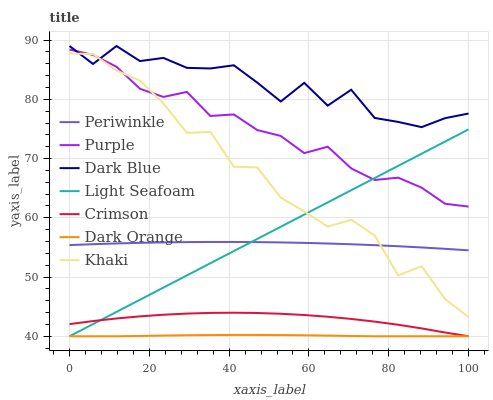
| xaxis_label | Periwinkle | Purple | Dark Blue | Light Seafoam | Crimson | Dark Orange | Khaki |
 | --- | --- | --- | --- | --- | --- | --- | --- |
 | 0 | 55.4 | 88.4 | 89 | 40 | 42 | 40 | 87.7 |
 | 5.88 | 55.5 | 87.5 | 86 | 42.1 | 42.6 | 40 | 87.6 |
 | 11.8 | 55.7 | 85.5 | 89 | 44.1 | 43 | 40 | 84.9 |
 | 17.6 | 55.8 | 81.8 | 86.5 | 46.2 | 43.4 | 40 | 83.2 |
 | 23.5 | 55.8 | 80.4 | 87 | 48.2 | 43.6 | 40.1 | 79.3 |
 | 29.4 | 55.9 | 81.3 | 85.3 | 50.3 | 43.8 | 40.2 | 74.3 |
 | 35.3 | 55.9 | 77.2 | 85.2 | 52.3 | 43.9 | 40.2 | 74.5 |
 | 41.2 | 55.9 | 77.4 | 85.7 | 54.4 | 44 | 40.2 | 68.6 |
 | 47.1 | 55.9 | 74.8 | 82.8 | 56.4 | 43.9 | 40.2 | 68.5 |
 | 52.9 | 55.8 | 73.8 | 79.6 | 58.5 | 43.8 | 40.2 | 63.4 |
 | 58.8 | 55.8 | 70.9 | 82.8 | 60.5 | 43.6 | 40.2 | 61.1 |
 | 64.7 | 55.7 | 72 | 78.9 | 62.6 | 43.3 | 40.1 | 58.5 |
 | 70.6 | 55.5 | 68.3 | 81.6 | 64.7 | 42.9 | 40 | 59.7 |
 | 76.5 | 55.4 | 66.4 | 76.9 | 66.7 | 42.5 | 40 | 57 |
 | 82.4 | 55.2 | 66.8 | 76.2 | 68.8 | 41.9 | 40 | 50.3 |
 | 88.2 | 55 | 65.1 | 75.3 | 70.8 | 41.3 | 40 | 51.8 |
 | 94.1 | 54.8 | 62.4 | 76.8 | 72.9 | 40.6 | 40 | 46.3 |
 | 100 | 54.5 | 61.9 | 77.6 | 74.9 | 40 | 40 | 43.2 |